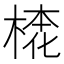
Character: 𣕢